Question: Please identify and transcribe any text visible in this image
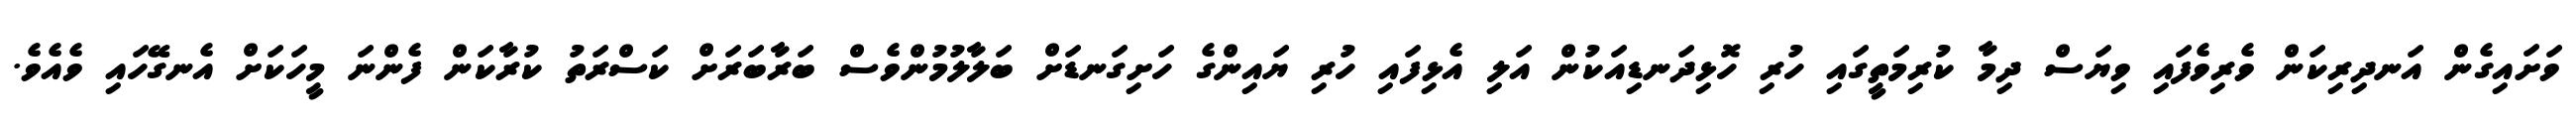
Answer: ވަށައިގެން އަނދިރިކަން ވެރިވެފައި ވިޔަސް ދިމާ ކުރިމަތީގައި ހުރި ހޮޅިދަނޑިއަކުން އަލި އެޅިފައި ހުރި ޔައިންގެ ހަށިގަނޑަށް ބަލާލުމުންވެސް ބަރާބަރަށް ކަސްރަތު ކުރާކަން ފެންނަ މީހަކަށް އެނގޭހައި ވެއެވެ.